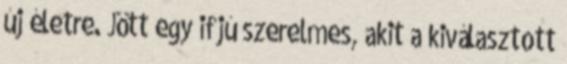
új életre. Jött egy ifjú szerelmes, akit a kiválasztott